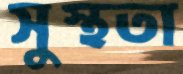
সুস্থতা